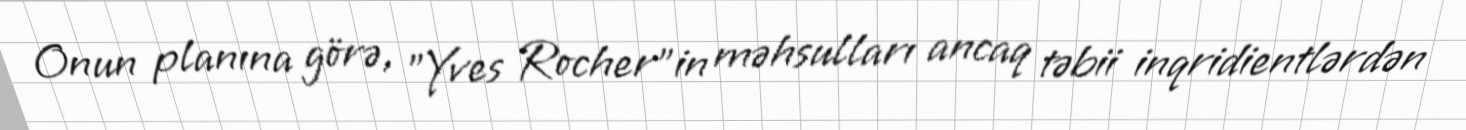
Onun planına görə, "Yves Rocher"in məhsulları ancaq təbii inqridientlərdən